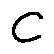
C